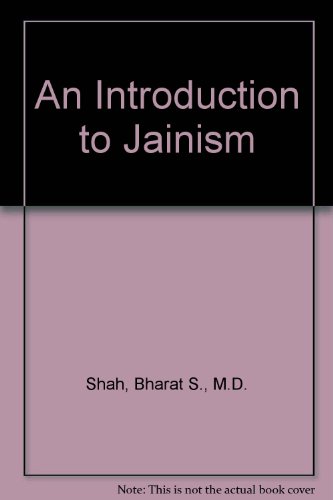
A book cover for An Introduction to Jainism; Bharat S., M.D. Shah; Religion & Spirituality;